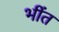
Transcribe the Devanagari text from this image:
भींत